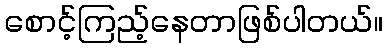
စောင့်ကြည့်နေတာဖြစ်ပါတယ်။